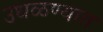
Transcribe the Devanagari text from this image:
उधळण्यात